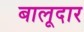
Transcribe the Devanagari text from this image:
बालूदार